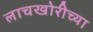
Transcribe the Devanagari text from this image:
लाचखोरीच्या